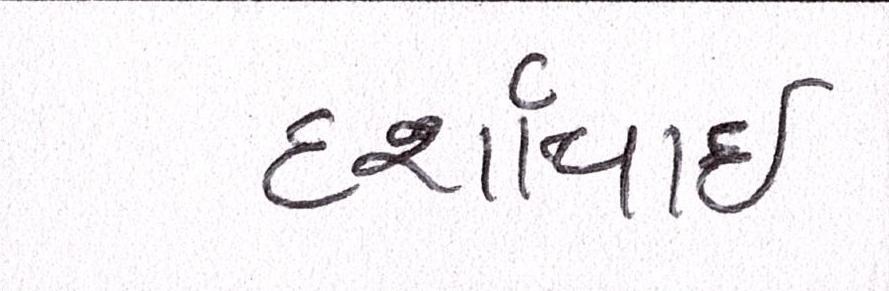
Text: દર્શાવાઈ